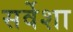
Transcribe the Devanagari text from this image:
सर्वेशा